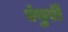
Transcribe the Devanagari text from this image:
एंबुरी